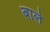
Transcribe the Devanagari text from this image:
बार्ले